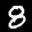
Label: 8